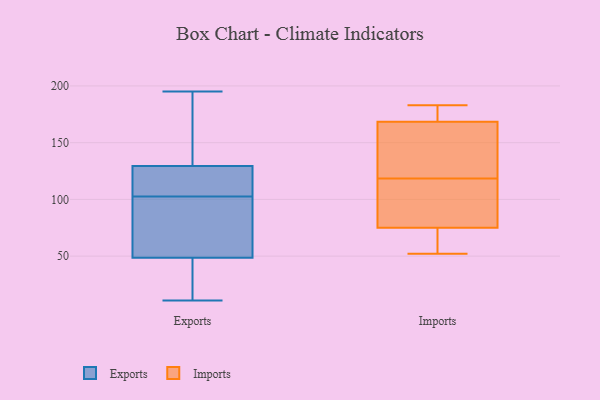
{"axis": {"x": "Energy Usage (MWh)", "y": "Value"}, "legend": ["Exports", "Imports"], "data": [{"x": "", "y": 75, "type": "Exports"}, {"x": "", "y": 127, "type": "Exports"}, {"x": "", "y": 132, "type": "Exports"}, {"x": "", "y": 11, "type": "Exports"}, {"x": "", "y": 64, "type": "Exports"}, {"x": "", "y": 112, "type": "Exports"}, {"x": "", "y": 93, "type": "Exports"}, {"x": "", "y": 179, "type": "Exports"}, {"x": "", "y": 139, "type": "Exports"}, {"x": "", "y": 69, "type": "Exports"}, {"x": "", "y": 33, "type": "Exports"}, {"x": "", "y": 14, "type": "Exports"}, {"x": "", "y": 19, "type": "Exports"}, {"x": "", "y": 115, "type": "Exports"}, {"x": "", "y": 117, "type": "Exports"}, {"x": "", "y": 195, "type": "Exports"}, {"x": "", "y": 183, "type": "Imports"}, {"x": "", "y": 154, "type": "Imports"}, {"x": "", "y": 64, "type": "Imports"}, {"x": "", "y": 102, "type": "Imports"}, {"x": "", "y": 180, "type": "Imports"}, {"x": "", "y": 86, "type": "Imports"}, {"x": "", "y": 163, "type": "Imports"}, {"x": "", "y": 52, "type": "Imports"}, {"x": "", "y": 134, "type": "Imports"}, {"x": "", "y": 64, "type": "Imports"}, {"x": "", "y": 174, "type": "Imports"}, {"x": "", "y": 103, "type": "Imports"}]}